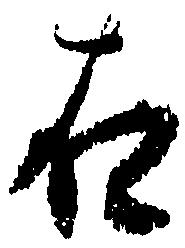
右